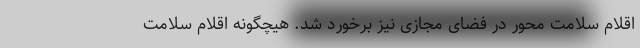
اقلام سلامت محور در فضای مجازی نیز برخورد شد. هیچگونه اقلام سلامت